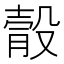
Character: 䐨